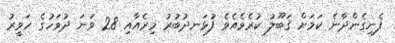
ފެނިގެންދާނެ ކަމަށް ޤަބޫލު ކުރެވެއެވެ ފުޅަނދުބުރު މިރެއާއި 28 ވަނަ ދުވަހުގެ ހަވީރު